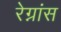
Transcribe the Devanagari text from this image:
रेग्नांस